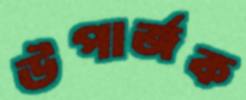
উপার্জক